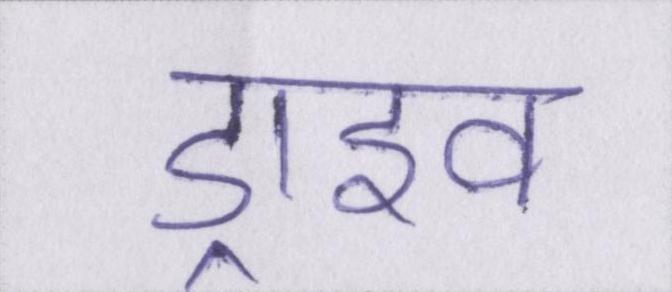
ड्राइव